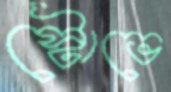
স্টোভে